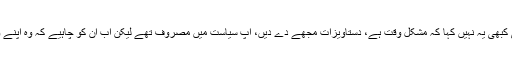
ملاقات میں بھی کبھی یہ نہیں کہا کہ مشکل وقت ہے، دستاویزات مجھے دے دیں، آپ سیاست میں مصروف تھے لیکن اب ان کو چاہیے کہ وہ اپنے والد کا ساتھ دیں۔